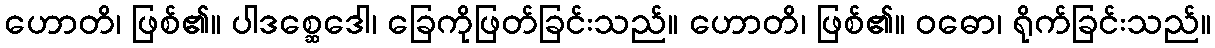
ဟောတိ၊ ဖြစ်၏။ ပါဒစ္ဆေဒေါ၊ ခြေကိုဖြတ်ခြင်းသည်။ ဟောတိ၊ ဖြစ်၏။ ဝဓော၊ ရိုက်ခြင်းသည်။